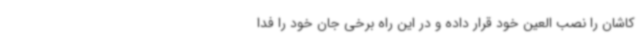
کاشان را نصب العین خود قرار داده و در این راه برخی جان خود را فدا